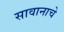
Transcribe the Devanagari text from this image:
सावानाचे